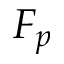
F _ { p }